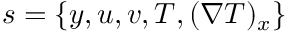
s = \{ y , u , v , T , ( \nabla T ) _ { x } \}